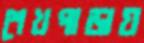
শেখপাড়ায়